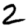
Digit: 2